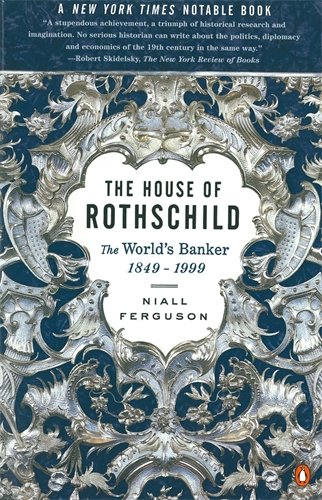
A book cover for The House of Rothschild: Volume 2: The World's Banker: 1849-1999; Niall Ferguson; Business & Money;